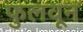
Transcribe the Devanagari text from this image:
फुलवून